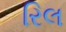
રિલ